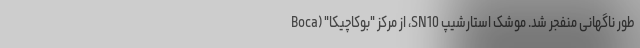
طور ناگهانی منفجر شد. موشک استارشیپ SN10، از مرکز "بوکاچیکا" (Boca